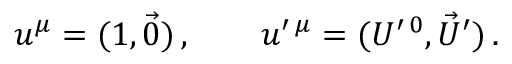
u ^ { \mu } = ( 1 , \vec { 0 } ) \, , \qquad u ^ { \prime \, \mu } = ( U ^ { \prime \, 0 } , \vec { U } ^ { \prime } ) \, .